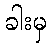
ခါးမှ